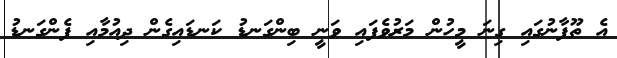
އެ ތޫފާނުގައި ގިނަ މީހުން މަރުވެފައި ވަނީ ބިންގަނޑު ކަނޑައިގެން ދިއުމާއި ފެންގަނޑު